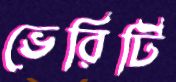
ভেরিটি